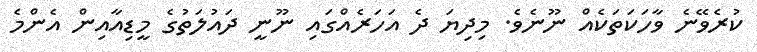
ކުރެވޭނެ ވާހަކަތަކެއް ނޫނެވެ. މިދިޔަ ދެ އަހަރެއްގައި ނޫނީ ދައުލަތުގެ މީޑިއާއިން އެންމެ